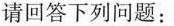
请回答下列问题：